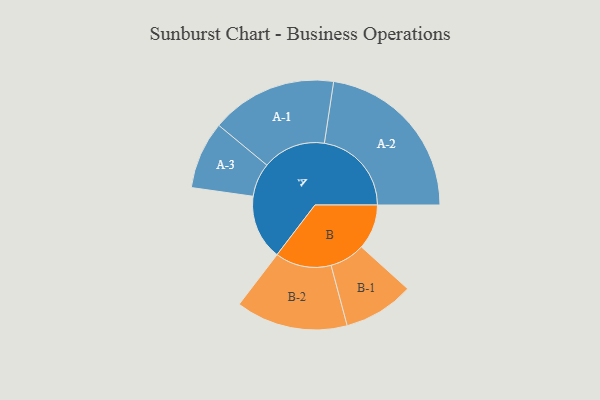
{"axis": {"x": "Segment", "y": "Value"}, "legend": ["", "A", "B"], "data": [{"x": "A", "y": 219, "type": ""}, {"x": "B", "y": 152, "type": ""}, {"x": "A-1", "y": 213, "type": "A"}, {"x": "A-2", "y": 294, "type": "A"}, {"x": "A-3", "y": 114, "type": "A"}, {"x": "B-1", "y": 119, "type": "B"}, {"x": "B-2", "y": 189, "type": "B"}]}